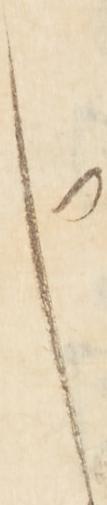
申